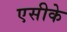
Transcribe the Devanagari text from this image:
एसीके